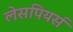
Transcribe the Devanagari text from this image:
लेसपियर्स